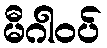
မီဂါဝပ်